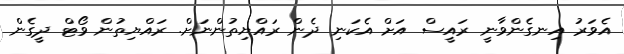
އެވަރު އިނގެންވާނީ ރައީސް އަށް އެކަނި ދެން ރައްޔިތުންނަށް. ރައްޔިތުން ވޯޓް ދީގެން